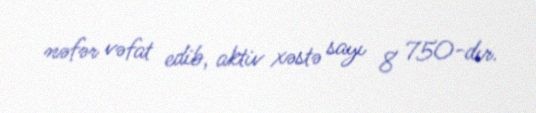
nəfər vəfat edib, aktiv xəstə sayı 8 750-dır.